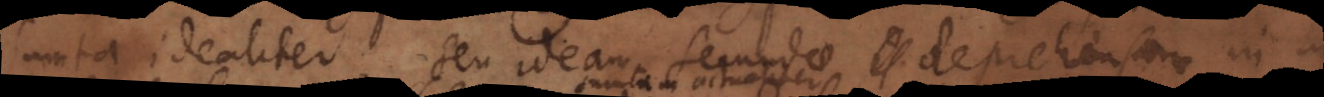
sumta idealiter, seu ideam secundae deprehensam in